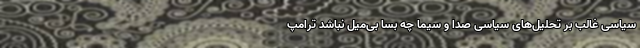
سیاسی غالب بر تحلیل‌های سیاسی صدا و سیما چه بسا بی‌میل نباشد ترامپ